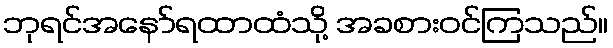
ဘုရင်အနော်ရထာထံသို့ အခစားဝင်ကြသည်။